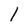
Character: 1